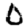
Digit: 0